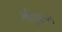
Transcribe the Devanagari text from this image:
नोएल्स